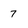
Character: 7